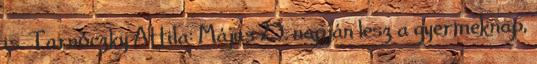
is. Tarnóczky Attila: Május 23. napján lesz a gyermeknap,